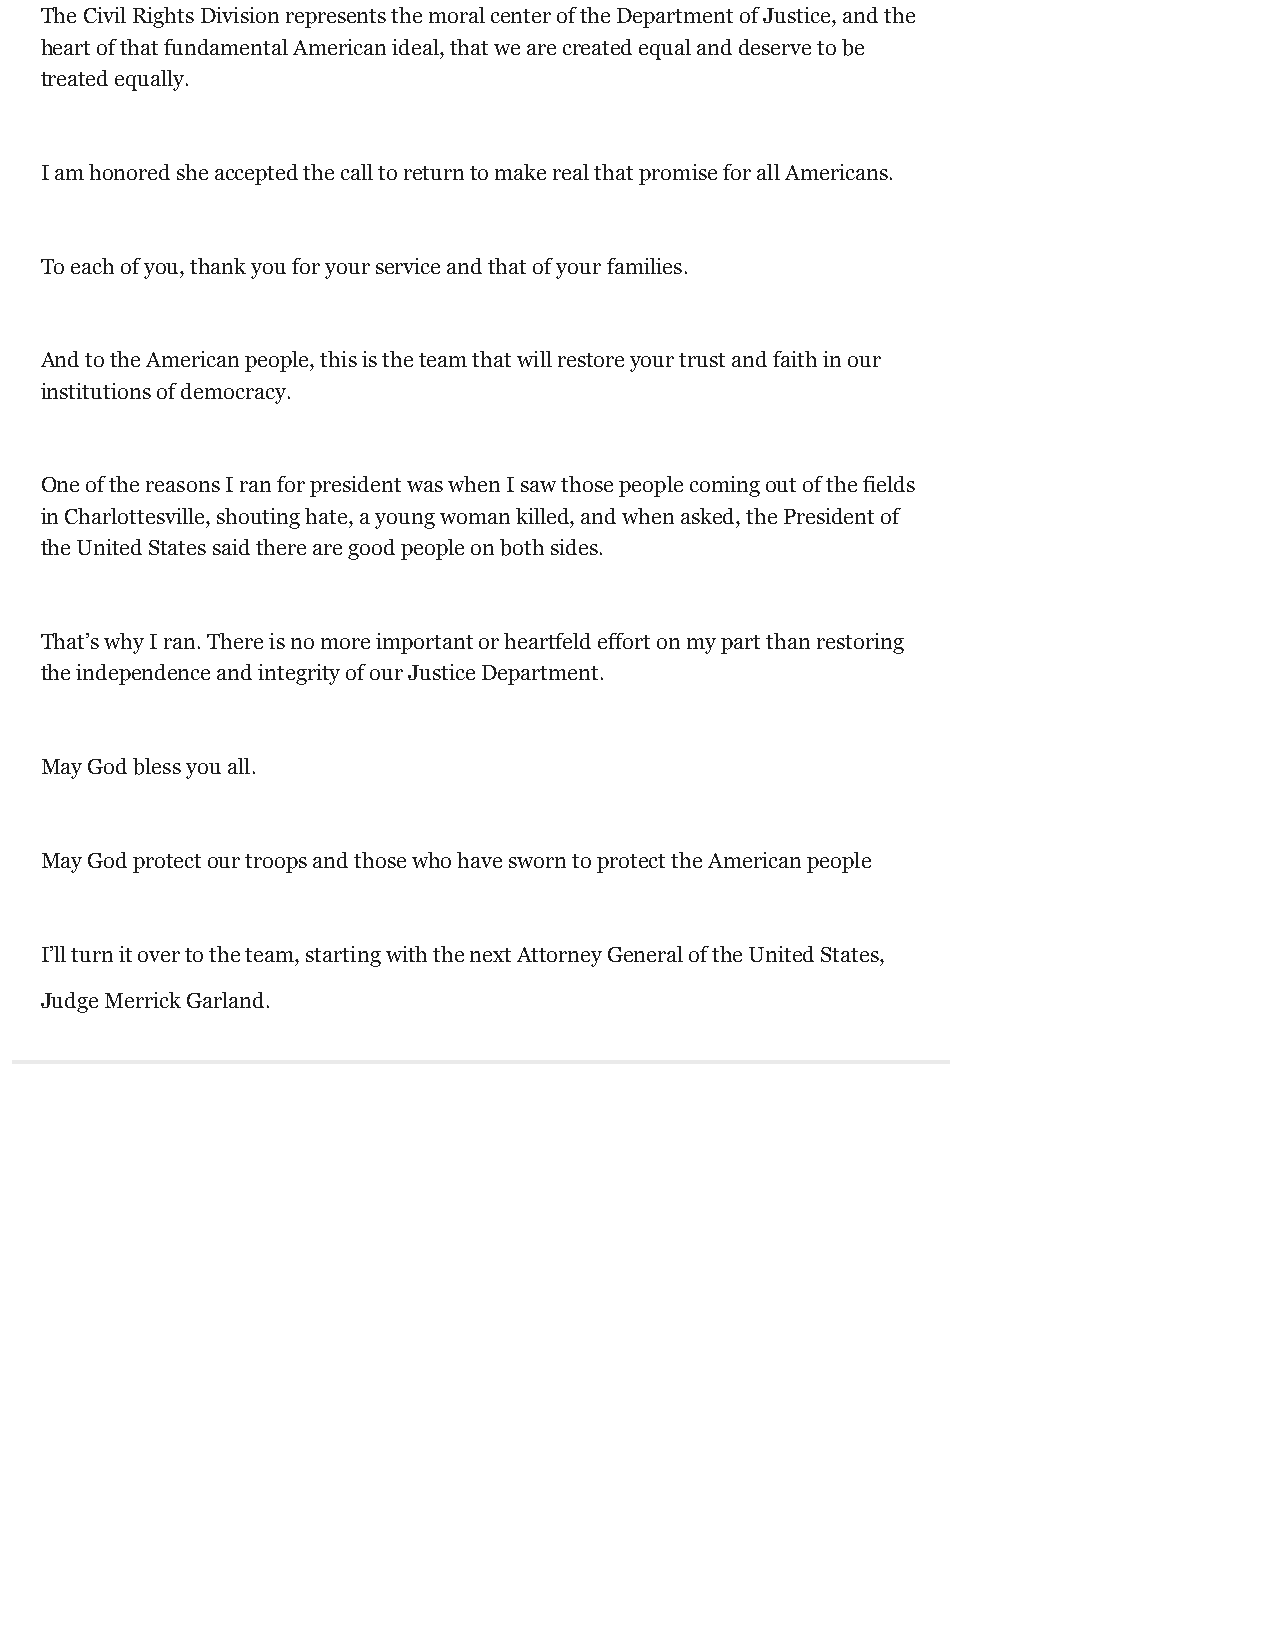
The Civil Rights Division represents the moral center of the Department of Justice, and the
 heart of that fundamental American ideal, that we are created equal and deserve to be
 treated equally.
 I am honored she accepted the call to return to make real that promise for all Americans.
 To each of you, thank you for your service and that of your families.
 And to the American people, this is the team that will restore your trust and faith in our
 institutions of democracy.
 One of the reasons I ran for president was when I saw those people coming out of the fields
 in Charlottesville, shouting hate, a young woman killed, and when asked, the President of
 the United States said there are good people on both sides.
 That’s why I ran. There is no more important or heartfeld effort on my part than restoring
 the independence and integrity of our Justice Department.
 May God bless you all.
 May God protect our troops and those who have sworn to protect the American people
 I’ll turn it over to the team, starting with the next Attorney General of the United States,
 Judge Merrick Garland.